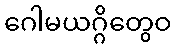
ဂေါမယဂ္ဂိတွေဝ